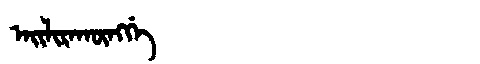
Manchu: ᠠᡳᠯᡳᡵᠠᡴᡡᠩᡤᡝ
Romanization: AILIRAKŪNGGE